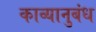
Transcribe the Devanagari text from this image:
काव्यानुबंध